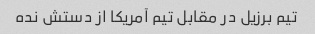
تیم برزیل در مقابل تیم آمریکا از دستش نده